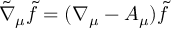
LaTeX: \tilde { \nabla } _ { \mu } \tilde { f } = ( \nabla _ { \mu } - A _ { \mu } ) \tilde { f }